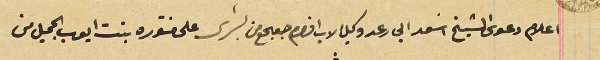
اعلام دعوى الشيخ اسَعد ابى رعد وكيل الاب افرام جعجع من بشرى على منتوره بنت ايوب الجميل من